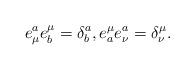
LaTeX: \begin{align*} e^a_\mu e^\mu_b=\delta^a_b, e^\mu_a e^a_\nu=\delta^\mu_\nu.\end{align*}